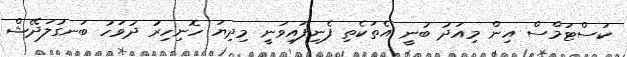
ކަސްޓަމްސް އިން މިއަދު ބުނީ އެތަކެތި ފެނިފައިވަނީ މިދިޔަ ހޮނިހިރު ދުވަހު ބަނގުލަދޭޝް